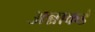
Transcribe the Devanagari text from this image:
अन्नाकडे